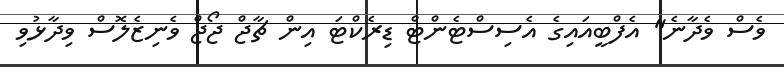
ވެސް ވެދާނެ" އެފްބީއައިގެ އެސިސްޓެންޓް ޑިރެކްޓަ އިން ޗާޖް ޖޯޖް ވެނިޒެލޮސް ވިދާޅުވި